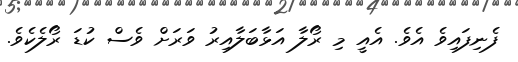
ފެނިފައިވެ އެވެ. އެއީ މި ރޯލާ އަޅާބަލާއިރު ވަރަށް ވެސް ކުޑަ ރޯލެކެވެ.